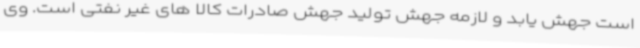
است جهش یابد و لازمه جهش تولید جهش صادرات کالا های غیر نفتی است. وی